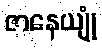
ဇာနေယျုံ